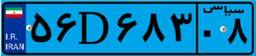
۹۸D۷۵۵۰۴